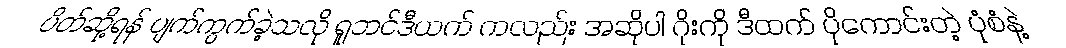
ပိတ်ဆို့ရန် ပျက်ကွက်ခဲ့သလို ရူဘင်ဒီယက် ကလည်း အဆိုပါ ဂိုးကို ဒီထက် ပိုကောင်းတဲ့ ပုံစံနဲ့